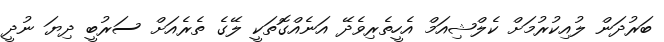
ބަރުދަން ލުއިކުރުމަށް ކެލްޝިއަމް އެހީތެރިވެދޭ އަނެއްގޮތަކީ ލޭގެ ތެރެއަށް ސަރުބީ ދިޔަ ނުދީ